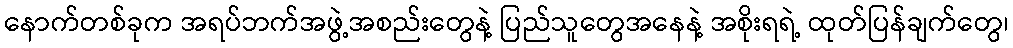
နောက်တစ်ခုက အရပ်ဘက်အဖွဲ့အစည်းတွေနဲ့ ပြည်သူတွေအနေနဲ့ အစိုးရရဲ့ ထုတ်ပြန်ချက်တွေ၊